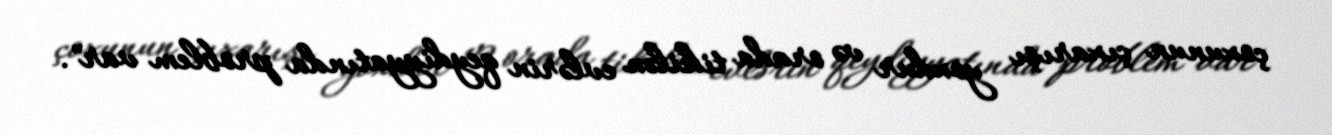
çoxunun çıxarışı yoxdur və orada tikilən evlərin qeydiyyatında problem var".